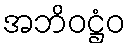
အဘိဝဋ္ဌံဝ